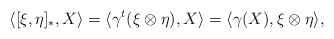
\begin{align*}\langle [\xi,\eta]_{\ast},X\rangle=\langle\gamma^{t}(\xi\otimes \eta),X\rangle=\langle\gamma(X),\xi\otimes \eta\rangle, \end{align*}